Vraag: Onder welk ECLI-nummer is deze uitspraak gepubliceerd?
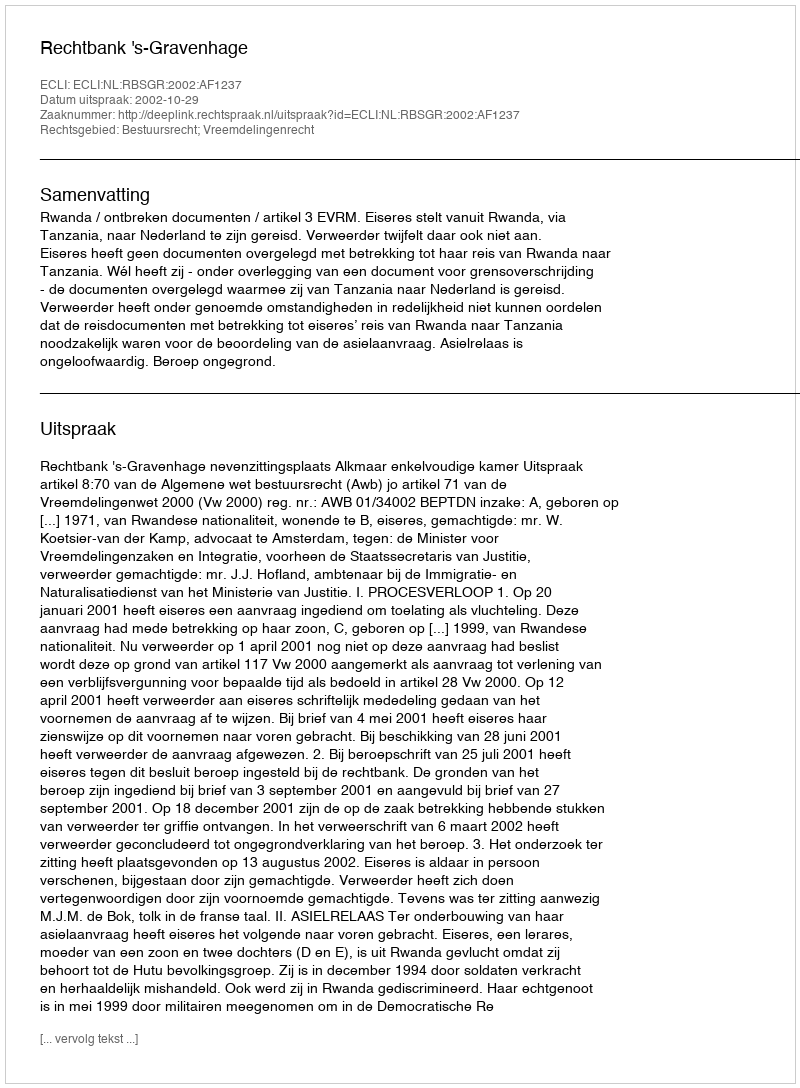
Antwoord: ECLI:NL:RBSGR:2002:AF1237